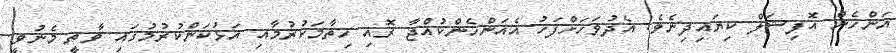
އަންހެން އޮފިޝަލް ކިޔައިދިނެވެ. އެދުވަހަށްފަހު އެއަންހެންކުއްޖާ ރޮއި ހިތާމަކުރުމާއި އަޅުކަންކުރުމުގައި ވާތީ މެނުވީ